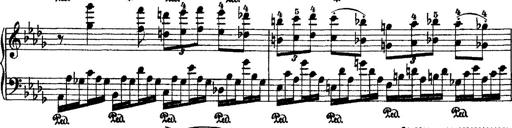
Title: 2 KonzertetÃ¼den
Composer: Franz Liszt